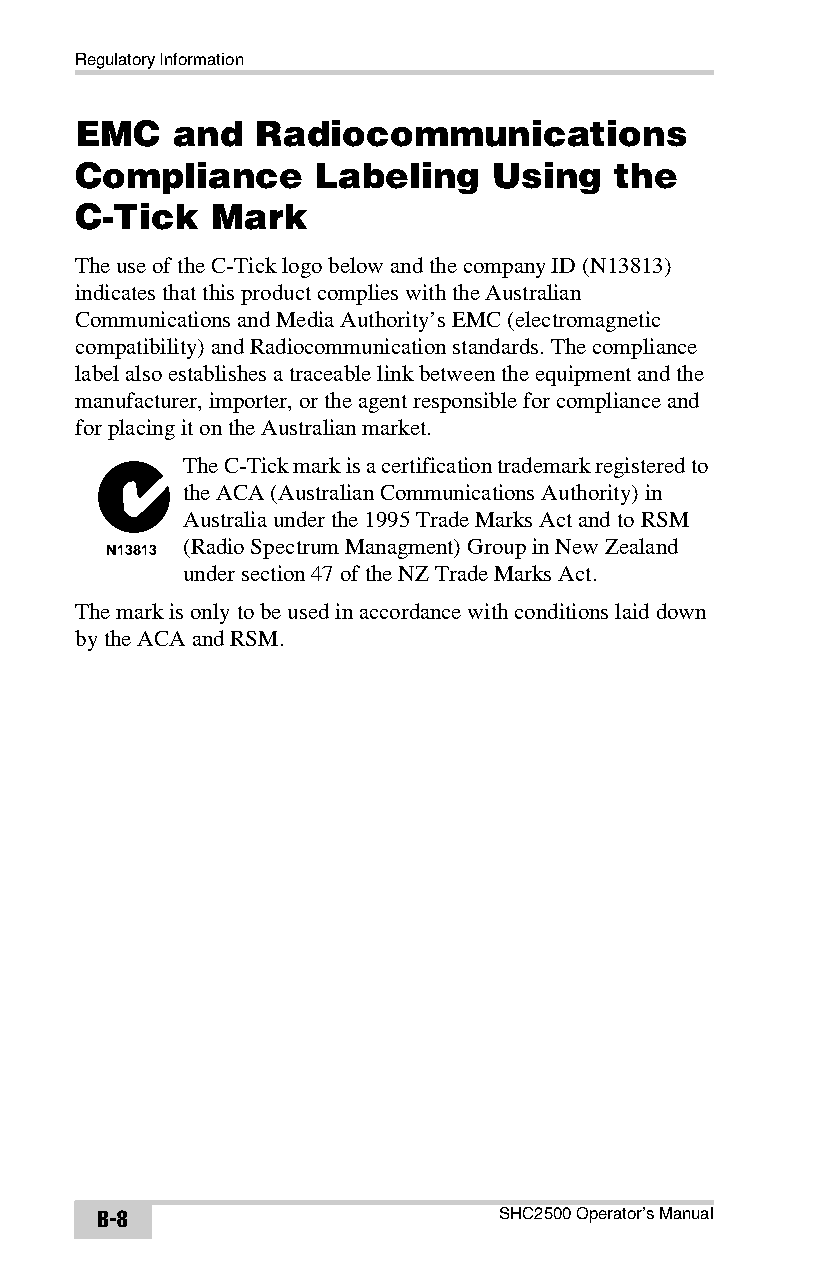
Regulatory Information
 EMC   and   Radiocommunications
 Compliance      Labeling   Using    the
 C-Tick   Mark
 The use of the C-Tick logo below and the company ID (N13813)
 indicates that this product complies with the Australian
 Communications and Media Authority’s EMC (electromagnetic
 compatibility) and Radiocommunication standards. The compliance
 label also establishes a traceable link between the equipment and the
 manufacturer, importer, or the agent responsible for compliance and
 for placing it on the Australian market.
 The C-Tick mark is a certification trademark registered to
 the ACA (Australian Communications Authority) in
 Australia under the 1995 Trade Marks Act and to RSM
 (Radio Spectrum Managment) Group in New Zealand
 N13813
 under section 47 of the NZ Trade Marks Act.
 The mark is only to be used in accordance with conditions laid down
 by the ACA and RSM.
 B-8                        SHC2500 Operator’s Manual